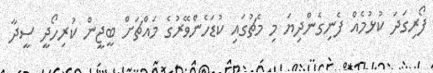
ފޯރިގަދަ ކުޅުމެއް ފެނިގެންދިޔަ މި މެޗުގައި ކުޑަހެންވޭރުގެ މައްޗަށް ބީޖީން ކުރިހޯދީ ސީދާ